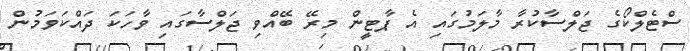
ސްޓެލްކޯގެ ޖަލްސާކުރާ މާލަމުގައި އެ ޕާޓީން މިރޭ ބޭއްވި ޖަލްސާގައި ވާހަކަ ދައްކަވަމުން